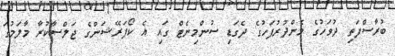
ބުރާސްފަތި ދުވަހުގެ މެންދުރުފަހުގެ ދެގަޑި ސުންމިނެޓް ގައި އެ ކޯޕަރޭޝަންގެ ޖަލްސާކުރާ މާލަމުގަ